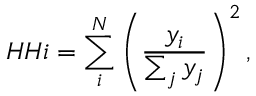
H H i = \sum _ { i } ^ { N } \left( \frac { y _ { i } } { \sum _ { j } y _ { j } } \right) ^ { 2 } ,